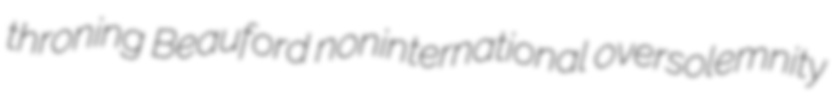
throning Beauford noninternational oversolemnity